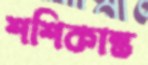
শশিকান্ত